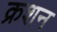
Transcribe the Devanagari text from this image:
क्रशन